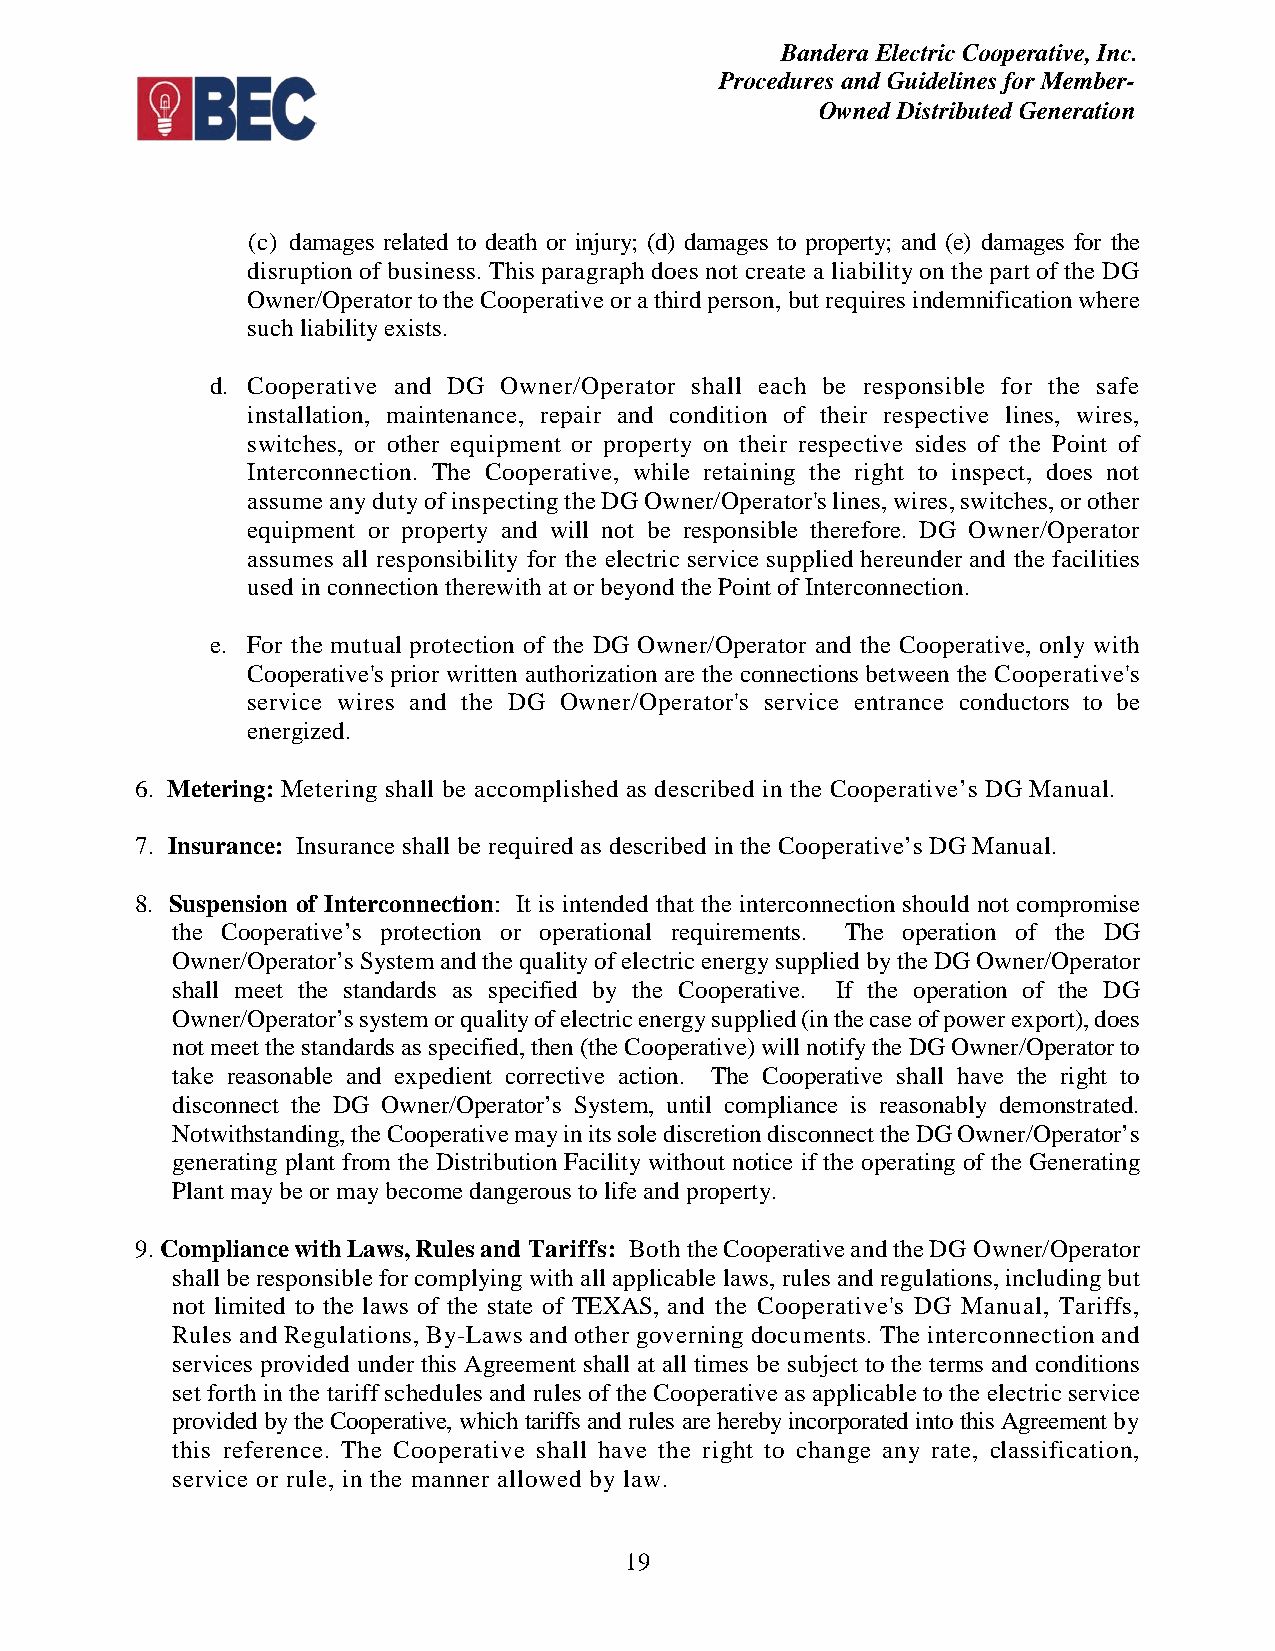
Bandera Electric Cooperative, Inc.
 Procedures and Guidelines for Member-
 Owned Distributed Generation
 (c) damages related to death or injury; (d) damages to property; and (e) damages for the
 disruption of business. This paragraph does not create a liability on the part of the DG
 Owner/Operator to the Cooperative or a third person, but requires indemnification where
 such liability exists.
 d. Cooperative and DG Owner/Operator shall each be responsible for the safe
 installation, maintenance, repair and condition of their respective lines, wires,
 switches, or other equipment or property on their respective sides of the Point of
 Interconnection. The Cooperative, while retaining the right to inspect, does not
 assume any duty of inspecting the DG Owner/Operator's lines, wires, switches, or other
 equipment or property and will not be responsible therefore. DG Owner/Operator
 assumes all responsibility for the electric service supplied hereunder and the facilities
 used in connection therewith at or beyond the Point of Interconnection.
 e. For the mutual protection of the DG Owner/Operator and the Cooperative, only with
 Cooperative's prior written authorization are the connections between the Cooperative's
 service wires and the DG Owner/Operator's service entrance conductors to be
 energized.
 6. Metering: Metering shall be accomplished as described in the Cooperative’s DG Manual.
 7. Insurance: Insurance shall be required as described in the Cooperative’s DG Manual.
 8. Suspension of Interconnection: It is intended that the interconnection should not compromise
 the Cooperative’s protection or operational requirements. The operation of the DG
 Owner/Operator’s System and the quality of electric energy supplied by the DG Owner/Operator
 shall meet the standards as specified by the Cooperative. If the operation of the DG
 Owner/Operator’s system or quality of electric energy supplied (in the case of power export), does
 not meet the standards as specified, then (the Cooperative) will notify the DG Owner/Operator to
 take reasonable and expedient corrective action. The Cooperative shall have the right to
 disconnect the DG Owner/Operator’s System, until compliance is reasonably demonstrated.
 Notwithstanding, the Cooperative may in its sole discretion disconnect the DG Owner/Operator’s
 generating plant from the Distribution Facility without notice if the operating of the Generating
 Plant may be or may become dangerous to life and property.
 9. Compliance with Laws, Rules and Tariffs: Both the Cooperative and the DG Owner/Operator
 shall be responsible for complying with all applicable laws, rules and regulations, including but
 not limited to the laws of the state of TEXAS, and the Cooperative's DG Manual, Tariffs,
 Rules and Regulations, By-Laws and other governing documents. The interconnection and
 services provided under this Agreement shall at all times be subject to the terms and conditions
 set forth in the tariff schedules and rules of the Cooperative as applicable to the electric service
 provided by the Cooperative, which tariffs and rules are hereby incorporated into this Agreement by
 this reference. The Cooperative shall have the right to change any rate, classification,
 service or rule, in the manner allowed by law.
 19